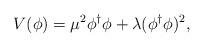
LaTeX: \begin{align*}V(\phi)= \mu^2 \phi^\dagger \phi + \lambda(\phi^\dagger\phi)^2,\end{align*}